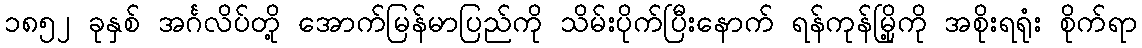
၁၈၅၂ ခုနှစ် အင်္ဂလိပ်တို့ အောက်မြန်မာပြည်ကို သိမ်းပိုက်ပြီးနောက် ရန်ကုန်မြို့ကို အစိုးရရုံး စိုက်ရာ